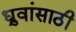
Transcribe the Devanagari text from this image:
ध्रुवांसाठी